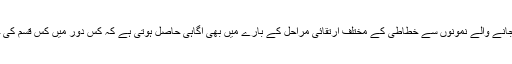
نمائش میں رکھے جانے والے نمونوں سے خطاطی کے مختلف ارتقائی مراحل کے بارے میں بھی آگاہی حاصل ہوتی ہے کہ کس دور میں کس قسم کی خطاطی فروغ پائی۔